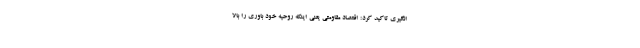
انگیری تاکید کرد: اقتصاد مقاومتی یعنی اینکه روحیه خود باوری را بالا